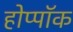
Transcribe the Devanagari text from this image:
होप्पॉक